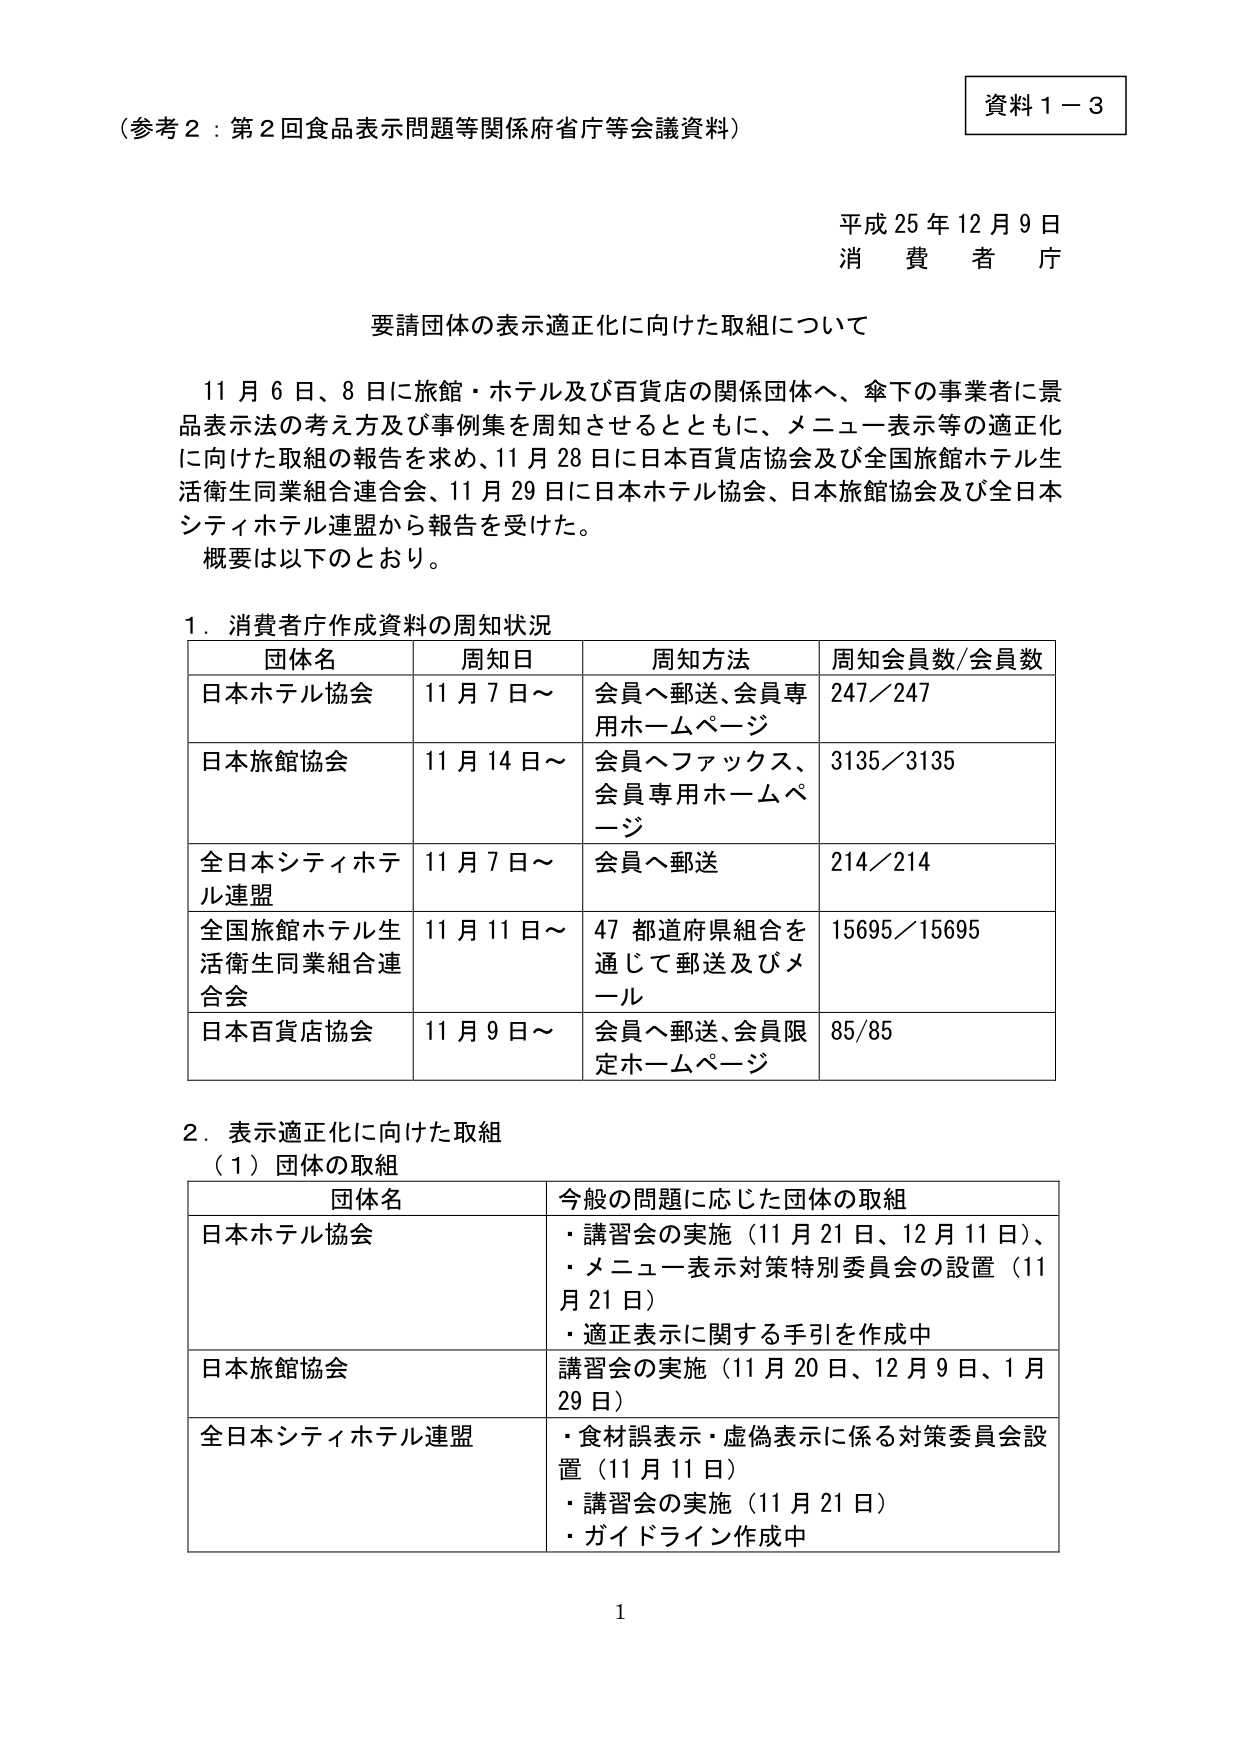
（参考２：第２回食品表示問題等関係府省庁等会議資料）

資料１－３

平成25年12月9日
消費者庁

要請団体の表示適正化に向けた取組について

11月6日、8日に旅館・ホテル及び百貨店の関係団体へ、傘下の事業者に景品表示法の考え方及び事例集を周知させるとともに、メニュー表示等の適正化に向けた取組の報告を求め、11月28日に日本百貨店協会及び全国旅館ホテル生活衛生同業組合連合会、11月29日に日本ホテル協会、日本旅館協会及び全日本シティホテル連盟から報告を受けた。
概要は以下のとおり。

1．消費者庁作成資料の周知状況

| 団体名 | 周知日 | 周知方法 | 周知会員数/会員数 |
|---------|---------|-----------|------------------|
| 日本ホテル協会 | 11月7日～ | 会員へ郵送、会員専用ホームページ | 247／247 |
| 日本旅館協会 | 11月14日～ | 会員へファックス、会員専用ホームページ | 3135／3135 |
| 全日本シティホテル連盟 | 11月7日～ | 会員へ郵送 | 214／214 |
| 全国旅館ホテル生活衛生同業組合連合会 | 11月11日～ | 47都道府県組合を通じて郵送及びメール | 15695／15695 |
| 日本百貨店協会 | 11月9日～ | 会員へ郵送、会員限定ホームページ | 85／85 |

2．表示適正化に向けた取組
（1）団体の取組

| 団体名 | 今般の問題に応じた団体の取組 |
|---------|------------------------------|
| 日本ホテル協会 | ・講習会の実施（11月21日、12月11日）、<br>・メニュー表示対策特別委員会の設置（11月21日）<br>・適正表示に関する手引を作成中 |
| 日本旅館協会 | 講習会の実施（11月20日、12月9日、1月29日） |
| 全日本シティホテル連盟 | ・食材誤表示・虚偽表示に係る対策委員会設置（11月11日）<br>・講習会の実施（11月21日）<br>・ガイドライン作成中 |

1